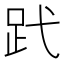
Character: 𧿑